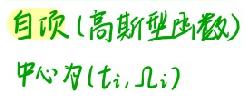
自项 (高斯型函数)
中心为$(t_i,\Omega_i)$